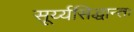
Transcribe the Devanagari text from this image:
सूर्य्यसिद्धान्तः